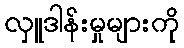
လှူဒါန်းမှုများကို